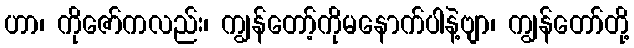
ဟာ၊ ကိုဇော်ကလည်း၊ ကျွန်တော့်ကိုမနောက်ပါနဲ့ဗျာ၊ ကျွန်တော်တို့